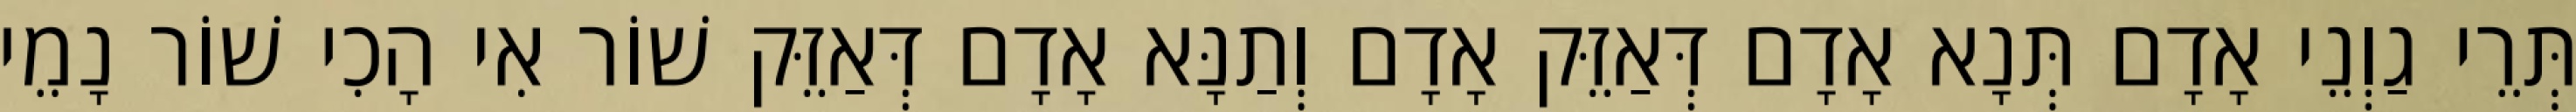
תְּרֵי גַוְנֵי אָדָם תְּנָא אָדָם דְּאַזֵּק אָדָם וְתַנָּא אָדָם דְּאַזֵּק שׁוֹר אִי הָכִי שׁוֹר נָמֵי